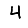
Digit: 4